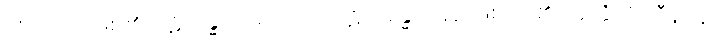
ကံကြောင့်ဖြစ်၏။ ပဋိသန္ဓိ သမုဋ္ဌိတော၊ ပဋိသန္ဓေအခါ၌ ဖြစ်ပေါ်၏။ ဣတ္ထိလိင်္ဂါဒီနိပန၊